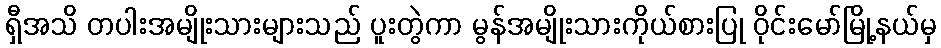
ရှီအသိ တပါးအမျိုးသားများသည် ပူးတွဲကာ မွန်အမျိုးသားကိုယ်စားပြု ဝိုင်းမော်မြို့နယ်မှ